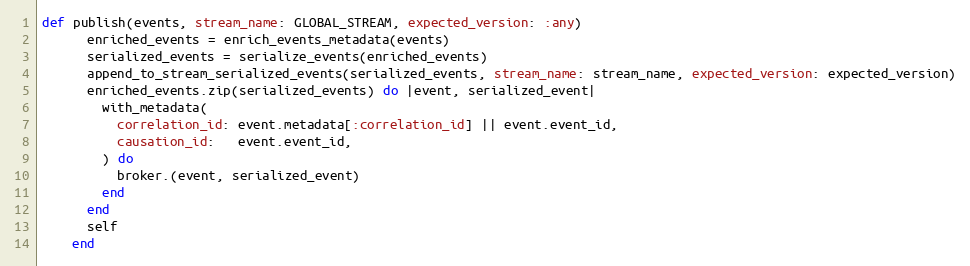
Language: Ruby
def publish(events, stream_name: GLOBAL_STREAM, expected_version: :any)
      enriched_events = enrich_events_metadata(events)
      serialized_events = serialize_events(enriched_events)
      append_to_stream_serialized_events(serialized_events, stream_name: stream_name, expected_version: expected_version)
      enriched_events.zip(serialized_events) do |event, serialized_event|
        with_metadata(
          correlation_id: event.metadata[:correlation_id] || event.event_id,
          causation_id:   event.event_id,
        ) do
          broker.(event, serialized_event)
        end
      end
      self
    end